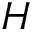
H